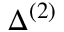
\Delta ^ { ( 2 ) }